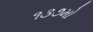
૧૩૭મો